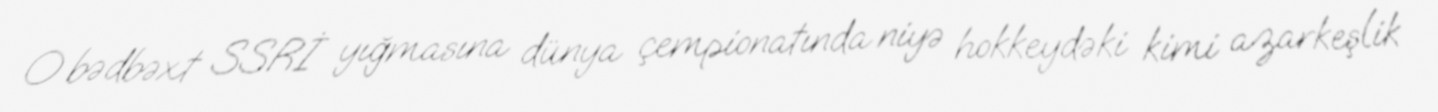
O bədbəxt SSRİ yığmasına dünya çempionatında niyə hokkeydəki kimi azarkeşlik